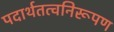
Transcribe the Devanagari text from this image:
पदार्थतत्वनिरूपण